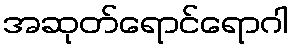
အဆုတ်ရောင်ရောဂါ